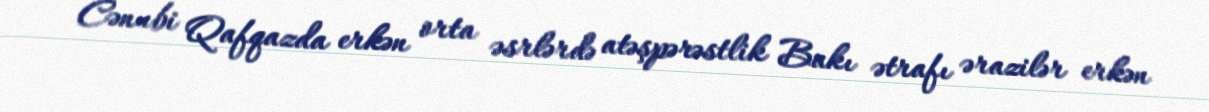
Cənubi Qafqazda erkən orta əsrlərdə atəşpərəstlik Bakı ətrafı ərazilər erkən